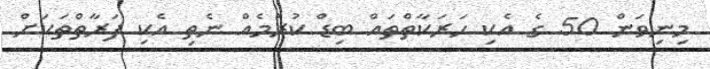
މިނިވަން 50 ގެ އެކި ހަރަކާތްތައް ބިޑް ކުރުމެއް ނެތި އެކި ފަރާތްތަކަށް